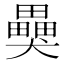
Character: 𤣂